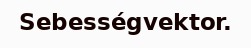
Sebességvektor.